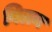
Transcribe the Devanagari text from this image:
बिलन